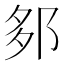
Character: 𨛅